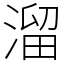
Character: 溜